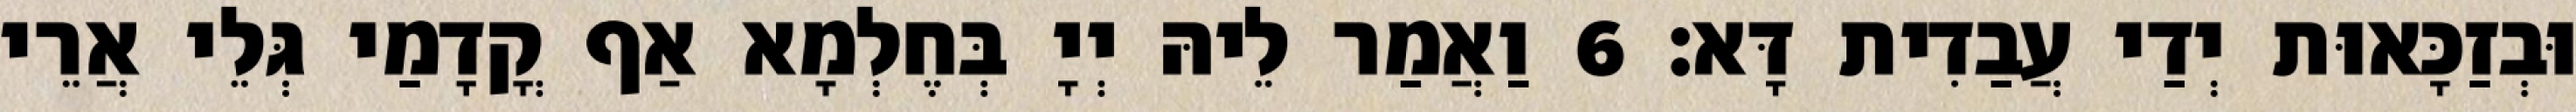
וּבְזַכָּאוּת יְדַי עֲבַדִית דָּא׃ 6 וַאֲמַר לֵיהּ יְיָ בְּחֶלְמָא אַף קֳדָמַי גְּלֵי אֲרֵי